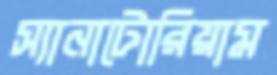
স্যানাটোরিয়াম